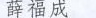
薛福成